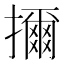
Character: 擟